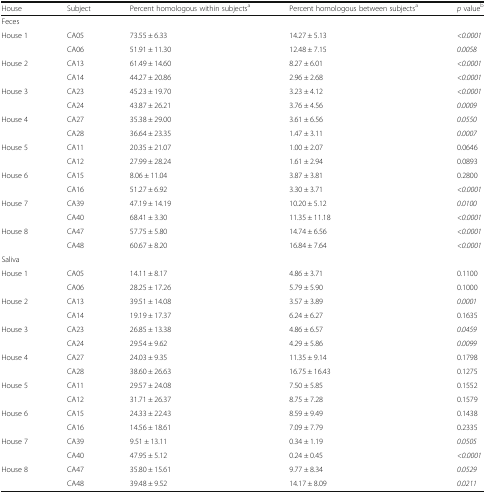
<table><thead><tr><td><b>House</b></td><td><b>Subject</b></td><td><b>Percent homologous within subjects<sup>a</sup></b></td><td><b>Percent homologous between subjects<sup>a</sup></b></td><td><b><i>p</i> value<sup>b</sup></b></td></tr></thead><tbody><tr><td colspan="5">Feces</td></tr><tr><td rowspan="2">House 1</td><td>CA05</td><td>73.55 ± 6.33</td><td>14.27 ± 5.13</td><td><i>&lt;0.0001</i></td></tr><tr><td>CA06</td><td>51.91 ± 11.30</td><td>12.48 ± 7.15</td><td><i>0.0058</i></td></tr><tr><td rowspan="2">House 2</td><td>CA13</td><td>61.49 ± 14.60</td><td>8.27 ± 6.01</td><td><i>&lt;0.0001</i></td></tr><tr><td>CA14</td><td>44.27 ± 20.86</td><td>2.96 ± 2.68</td><td><i>&lt;0.0001</i></td></tr><tr><td rowspan="2">House 3</td><td>CA23</td><td>45.23 ± 19.70</td><td>3.23 ± 4.12</td><td><i>&lt;0.0001</i></td></tr><tr><td>CA24</td><td>43.87 ± 26.21</td><td>3.76 ± 4.56</td><td><i>0.0009</i></td></tr><tr><td rowspan="2">House 4</td><td>CA27</td><td>35.38 ± 29.00</td><td>3.61 ± 6.56</td><td><i>0.0550</i></td></tr><tr><td>CA28</td><td>36.64 ± 23.35</td><td>1.47 ± 3.11</td><td><i>0.0007</i></td></tr><tr><td rowspan="2">House 5</td><td>CA11</td><td>20.35 ± 21.07</td><td>1.00 ± 2.07</td><td>0.0646</td></tr><tr><td>CA12</td><td>27.99 ± 28.24</td><td>1.61 ± 2.94</td><td>0.0893</td></tr><tr><td rowspan="2">House 6</td><td>CA15</td><td>8.06 ± 11.04</td><td>3.87 ± 3.81</td><td>0.2800</td></tr><tr><td>CA16</td><td>51.27 ± 6.92</td><td>3.30 ± 3.71</td><td><i>&lt;0.0001</i></td></tr><tr><td rowspan="2">House 7</td><td>CA39</td><td>47.19 ± 14.19</td><td>10.20 ± 5.12</td><td><i>0.0100</i></td></tr><tr><td>CA40</td><td>68.41 ± 3.30</td><td>11.35 ± 11.18</td><td><i>&lt;0.0001</i></td></tr><tr><td rowspan="2">House 8</td><td>CA47</td><td>57.75 ± 5.80</td><td>14.74 ± 6.56</td><td><i>&lt;0.0001</i></td></tr><tr><td>CA48</td><td>60.67 ± 8.20</td><td>16.84 ± 7.64</td><td><i>&lt;0.0001</i></td></tr><tr><td colspan="5">Saliva</td></tr><tr><td rowspan="2">House 1</td><td>CA05</td><td>14.11 ± 8.17</td><td>4.86 ± 3.71</td><td>0.1100</td></tr><tr><td>CA06</td><td>28.25 ± 17.26</td><td>5.79 ± 5.90</td><td>0.1000</td></tr><tr><td rowspan="2">House 2</td><td>CA13</td><td>39.51 ± 14.08</td><td>3.57 ± 3.89</td><td><i>0.0001</i></td></tr><tr><td>CA14</td><td>19.19 ± 17.37</td><td>6.24 ± 6.27</td><td>0.1635</td></tr><tr><td rowspan="2">House 3</td><td>CA23</td><td>26.85 ± 13.38</td><td>4.86 ± 6.57</td><td><i>0.0459</i></td></tr><tr><td>CA24</td><td>29.54 ± 9.62</td><td>4.29 ± 5.86</td><td><i>0.0099</i></td></tr><tr><td rowspan="2">House 4</td><td>CA27</td><td>24.03 ± 9.35</td><td>11.35 ± 9.14</td><td>0.1798</td></tr><tr><td>CA28</td><td>38.60 ± 26.63</td><td>16.75 ± 16.43</td><td>0.1275</td></tr><tr><td rowspan="2">House 5</td><td>CA11</td><td>29.57 ± 24.08</td><td>7.50 ± 5.85</td><td>0.1552</td></tr><tr><td>CA12</td><td>31.71 ± 26.37</td><td>8.75 ± 7.28</td><td>0.1579</td></tr><tr><td rowspan="2">House 6</td><td>CA15</td><td>24.33 ± 22.43</td><td>8.59 ± 9.49</td><td>0.1438</td></tr><tr><td>CA16</td><td>14.56 ± 18.61</td><td>7.09 ± 7.79</td><td>0.2335</td></tr><tr><td rowspan="2">House 7</td><td>CA39</td><td>9.51 ± 13.11</td><td>0.34 ± 1.19</td><td><i>0.0505</i></td></tr><tr><td>CA40</td><td>47.95 ± 5.12</td><td>0.24 ± 0.45</td><td><i>&lt;0.0001</i></td></tr><tr><td rowspan="2">House 8</td><td>CA47</td><td>35.80 ± 15.61</td><td>9.77 ± 8.34</td><td><i>0.0529</i></td></tr><tr><td>CA48</td><td>39.48 ± 9.52</td><td>14.17 ± 8.09</td><td><i>0.0211</i></td></tr></tbody></table>